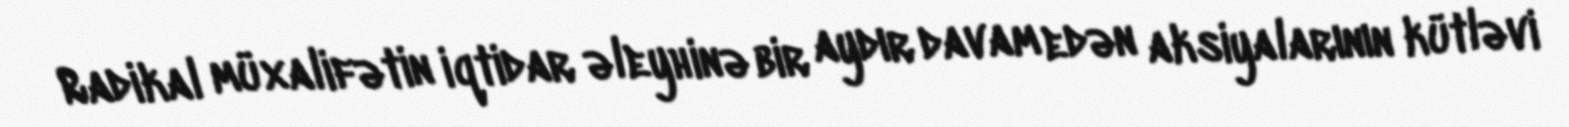
Radikal müxalifətin iqtidar əleyhinə bir aydır davam edən aksiyalarının kütləvi